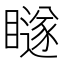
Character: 𭿨